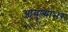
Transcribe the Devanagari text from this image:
आयुष्याभर